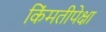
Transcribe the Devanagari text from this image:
किंमतीपेक्षा